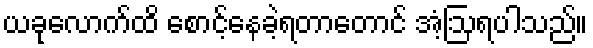
ယခုလောက်ထိ စောင့်နေခဲ့ရတာတောင် အံ့ဩရပါသည်။